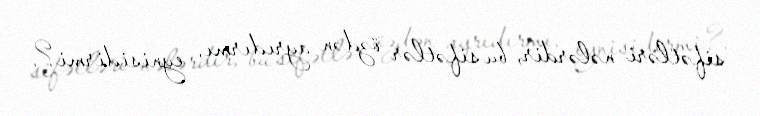
sifətləri nələrdir, bu sifətlər özdən ayrıdırmı, eynisidirmi?.